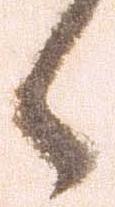
候